Report on enteric fever
Disease focus: Fever
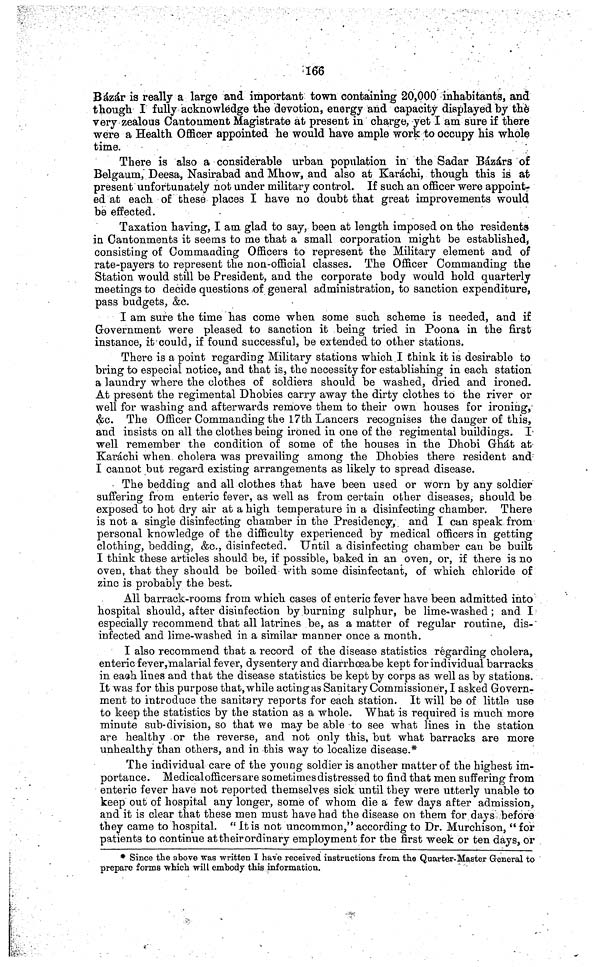
166
Bázár is really a large and important town containing 20,000 inhabitants, and
though I fully acknowledge the devotion, energy and capacity displayed by the
very zealous Cantonment Magistrate at present in charge, yet I am sure if there
were a Health Officer appointed he would have ample work to occupy his whole
time.
There is also a considerable urban population in the Sadar Bázárs of
Belgaum, Deesa, Nasirabad and Mhow, and also at Karáchi, though this is at
present unfortunately not under military control. If such an officer were appoint-
ed at each of these places I have no doubt that great improvements would
be effected.
Taxation having, I am glad to say, been at length imposed on the residents
in Cantonments it seems to me that a small corporation might be established,
consisting of Commanding Officers to represent the Military element and of
rate-payers to represent the non-official classes. The Officer Commanding the
Station would still be President, and the corporate body would hold quarterly
meetings to decide questions of general administration, to sanction expenditure,
pass budgets, &c.
I am sure the time has come when some such scheme is needed, and if
Government were pleased to sanction it being tried in Poona in the first
instance, it could, if found successful, be extended to other stations.
There is a point regarding Military stations which I think it is desirable to
bring to especial notice, and that is, the necessity for establishing in each station
a laundry where the clothes of soldiers should be washed, dried and ironed.
At present the regimental Dhobies carry away the dirty clothes to the river or
well for washing and afterwards remove them to their own houses for ironing,
&c. The Officer Commanding the 17th Lancers recognises the danger of this,
and insists on all the clothes being ironed in one of the regimental buildings. I
well remember the condition of some of the houses in the Dhobi Ghát at
Karáchi when cholera was prevailing among the Dhobies there resident and
I cannot but regard existing arrangements as likely to spread disease.
The bedding and all clothes that have been used or worn by any soldier
suffering from enteric fever, as well as from certain other diseases, should be
exposed to hot dry air at a high temperature in a disinfecting chamber. There
is not a single disinfecting chamber in the Presidency, and I can speak from
personal knowledge of the difficulty experienced by medical officers in getting
clothing, bedding, &c., disinfected. Until a disinfecting chamber can be built
I think these articles should be, if possible, baked in an oven, or, if there is no
oven, that they should be boiled with some disinfectant, of which chloride of
zinc is probably the best.
All barrack-rooms from which cases of enteric fever have been admitted into
hospital should, after disinfection by burning sulphur, be lime-washed ; and I
especially recommend that all latrines be, as a matter of regular routine, dis-
infected and lime-washed in a similar manner once a month.
I also recommend that a record of the disease statistics regarding cholera,
enteric fever, malarial fever, dysentery and diarrhœa be kept for individual barracks
in each lines and that the disease statistics be kept by corps as well as by stations.
It was for this purpose that, while acting as Sanitary Commissioner, I asked Govern-
ment to introduce the sanitary reports for each station. It will be of little use
to keep the statistics by the station as a whole. What is required is much more
minute sub-division, so that we may be able to see what lines in the station
are healthy or the reverse, and not only this, but what barracks are more
unhealthy than others, and in this way to localize disease.*
The individual care of the young soldier is another matter of the highest im-
portance. Medical officers are sometimes distressed to find that men suffering from
enteric fever have not reported themselves sick until they were utterly unable to
keep out of hospital any longer, some of whom die a few days after admission,
and it is clear that these men must have had the disease on them for days before
they came to hospital. "It is not uncommon," according to Dr. Murchison, "for
patients to continue at their ordinary employment for the first week or ten days, or
* Since the above was written I have received instructions from the Quarter-Master General to
prepare forms which will embody this information.